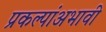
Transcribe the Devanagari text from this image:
प्रकल्पांअभावी